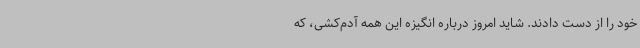
خود را از دست دادند. شاید امروز درباره انگیزه این همه آدم‌کشی، که